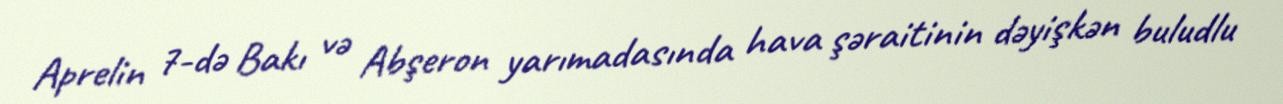
Aprelin 7-də Bakı və Abşeron yarımadasında hava şəraitinin dəyişkən buludlu